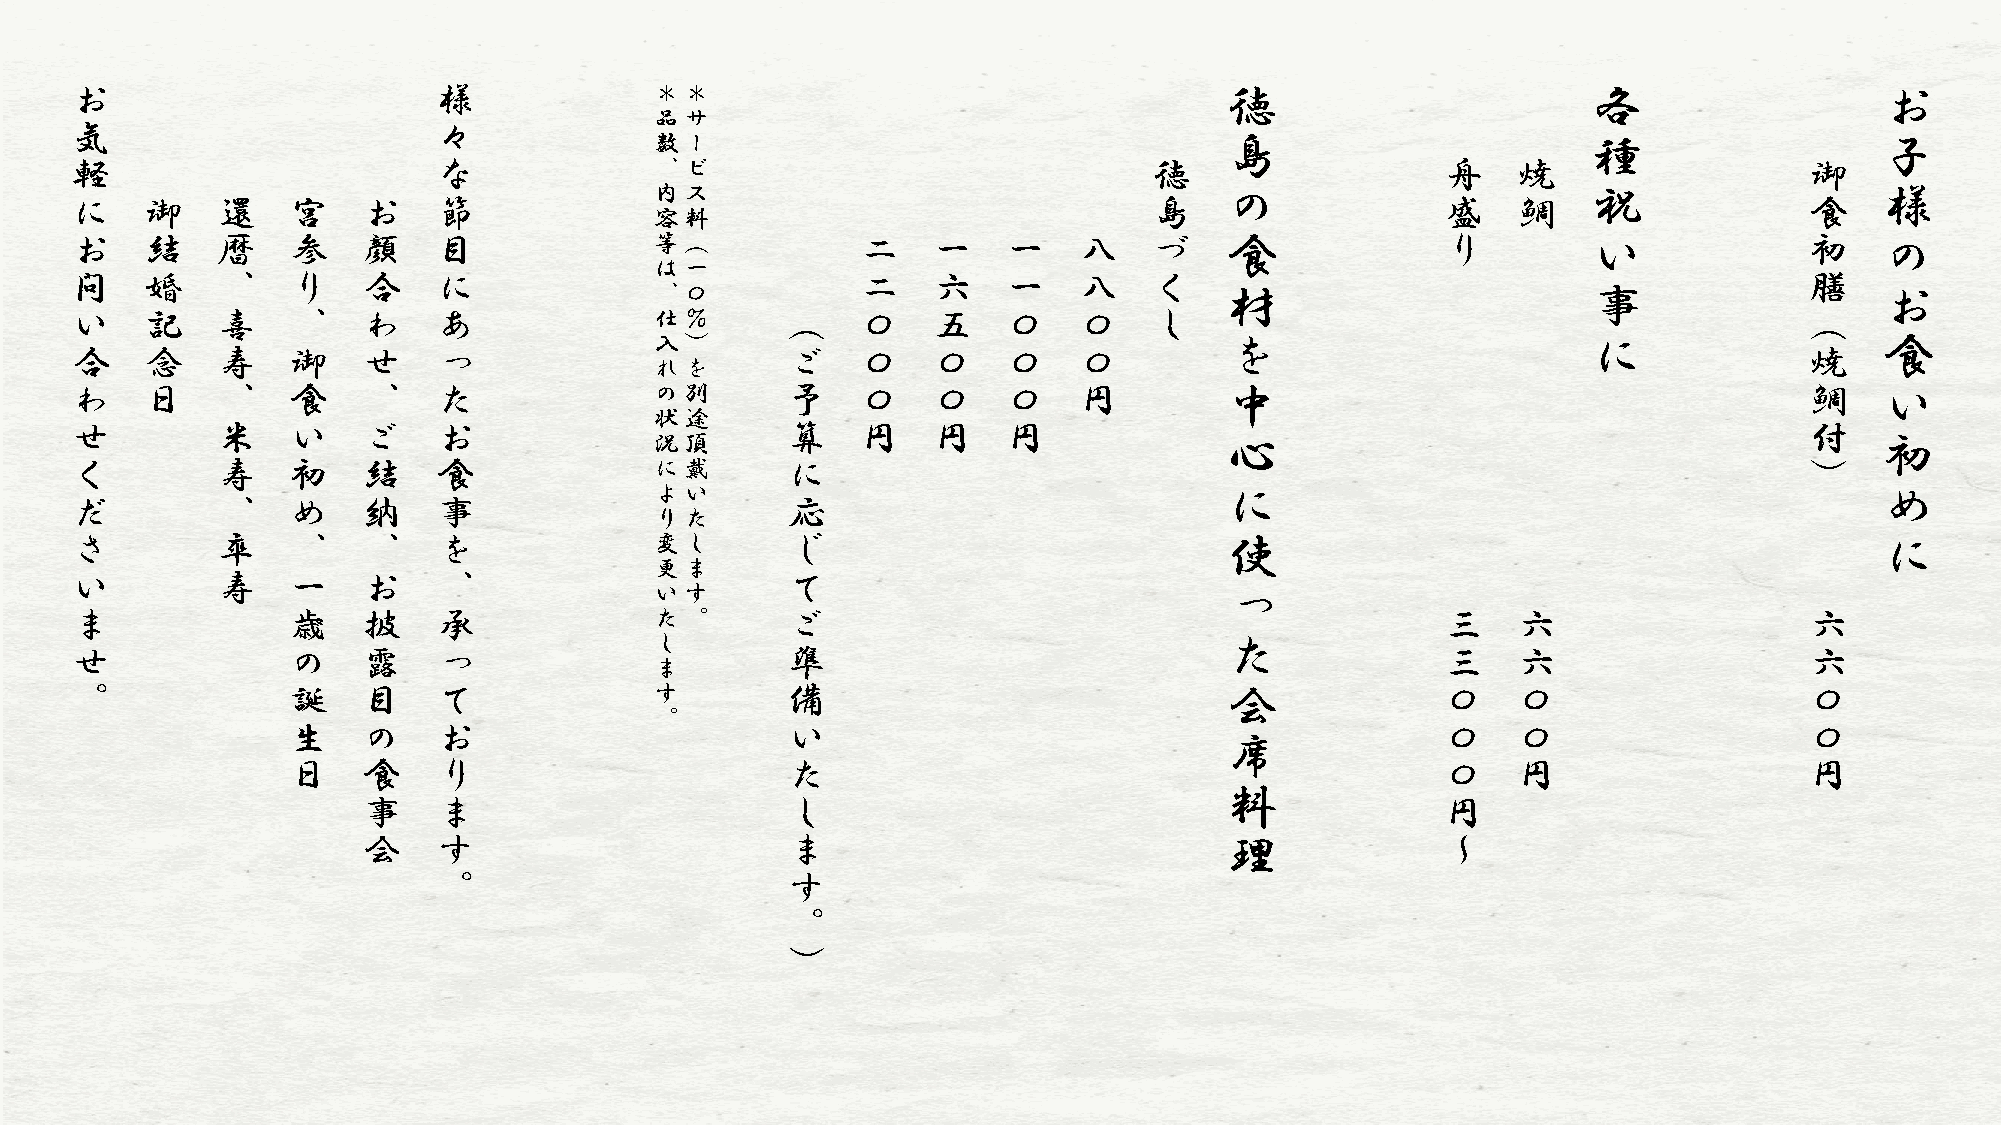
お                       様             ＊＊                                    徳                       各                   お
 品サ
 気                       々
 数ー                                    島                       種                   子
 軽                       な             、ビ                               徳                   舟   焼                   御
 内ス                                    の                       祝                   様
 に    御   還    宮    お    節                                              島                   盛   鯛                   食
 容料
 お    結   暦    参    顔    目             等（            二    一    一   八    づ    食              り        い              初    の
 は一
 問    婚   、    り    合    に                           二    六    一   八    く                                           膳
 、〇                                    材                       事                   お
 い    記   喜    、    わ    あ             仕％       （    〇    五    〇   〇    し                                           （
 入）                                    を                       に                   食
 合    念   寿    御    せ    っ                      ご    〇    〇    〇   〇                                                焼
 れを
 わ    日   、    食    、    た             の別       予    〇    〇    〇   円         中                                      鯛    い
 状途
 せ        米    い    ご    お                      算    円    円    円                                                    付
 況頂                                    心                                           初
 く        寿    初    結    食             に戴       に                                                                   ）
 よい                                    に                                           め
 だ        、    め    納    事                      応
 りた
 さ        卒    、    、    を             変し       じ                            使                                           に
 更ま
 い        寿    一    お    、                      て
 いす                                    っ
 ま             歳    披    承             た。       ご                                           三   六                   六
 し                                     た
 せ             の    露    っ                      準                                           三   六                   六
 ま
 。             誕    目    て             す        備                            会              〇   〇                   〇
 。
 生    の    お                      い                                           〇   〇                   〇
 席
 日    食    り                      た                                           〇   円                   円
 料
 事    ま                      し                                           円
 会    す                      ま                            理              ～
 。                      す
 。
 ）